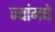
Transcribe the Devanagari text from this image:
ज्यांमधे